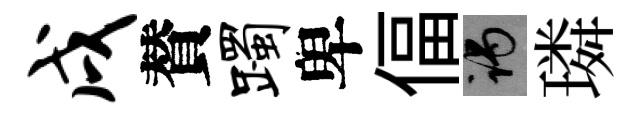
戌賛躅卑偪谒璘